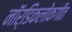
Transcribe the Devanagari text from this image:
नॉर्डिकलोकगीत